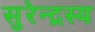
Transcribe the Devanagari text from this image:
सुरेन्द्रस्य